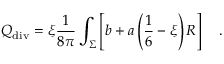
{ Q } _ { \tiny \mathrm { d i v } } = \xi { \frac { 1 } { 8 \pi } } \int _ { \Sigma } \left[ b + a \left( \frac 1 6 - \xi \right) R \right] ~ ~ ~ .